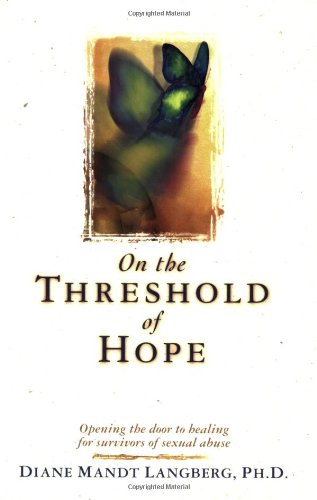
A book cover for On the Threshold of Hope (Aacc Counseling Library); Diane Mandt Langberg; Parenting & Relationships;